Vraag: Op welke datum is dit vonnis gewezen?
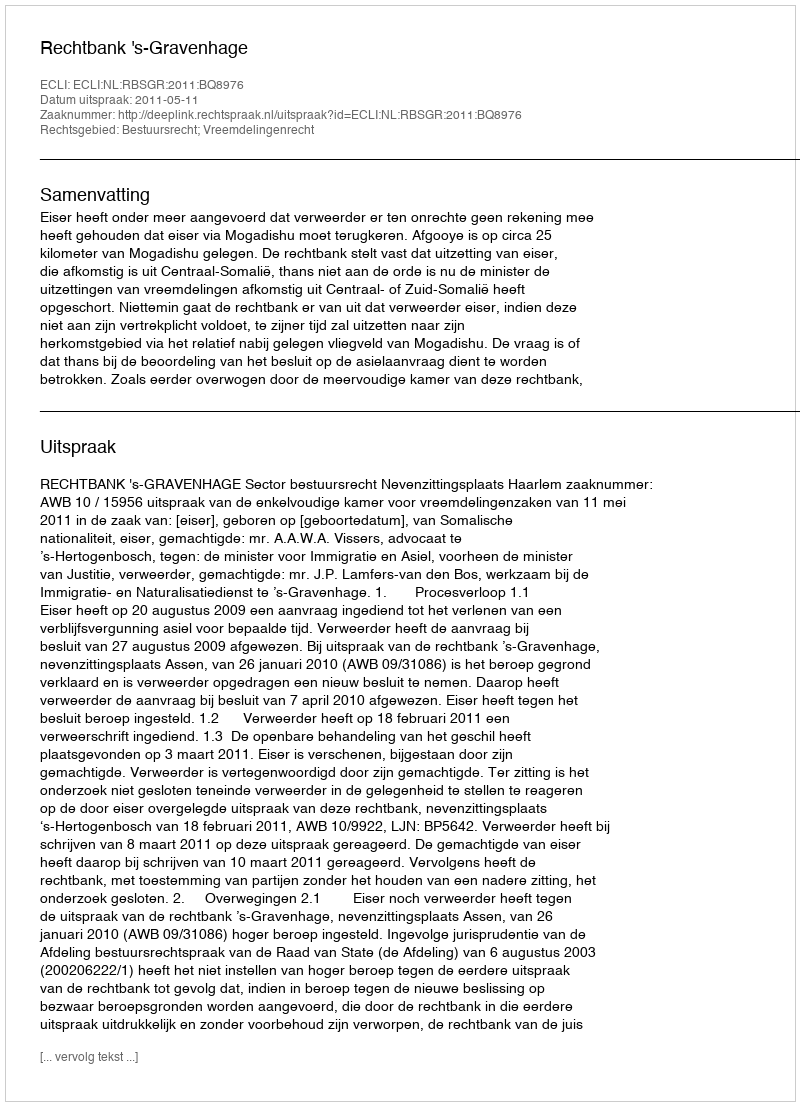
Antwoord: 2011-05-11